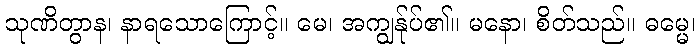
သုဏိတွာန၊ နာရသောကြောင့်။ မေ၊ အကျွန်ုပ်၏။ မနော၊ စိတ်သည်။ ဓမ္မေ၊